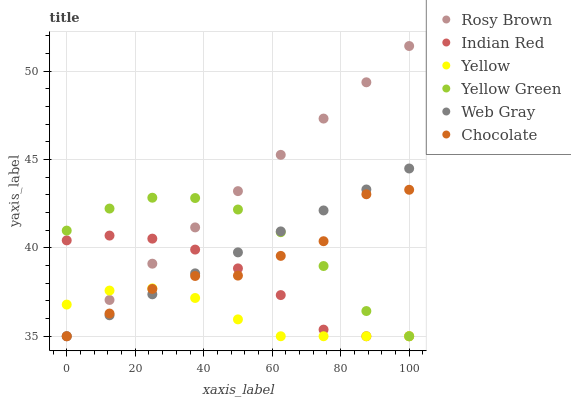
| xaxis_label | Rosy Brown | Indian Red | Yellow | Yellow Green | Web Gray | Chocolate |
 | --- | --- | --- | --- | --- | --- | --- |
 | 0 | 35 | 40.4 | 36.8 | 41 | 35 | 35 |
 | 12.5 | 37.1 | 40.7 | 37.6 | 42.2 | 36.2 | 36.3 |
 | 25 | 39.1 | 40.5 | 37.7 | 42.8 | 37.4 | 37.7 |
 | 37.5 | 41.2 | 39.9 | 37.2 | 42.8 | 38.6 | 38.4 |
 | 50 | 43.2 | 38.8 | 36 | 42.2 | 39.7 | 38.4 |
 | 62.5 | 45.3 | 37.3 | 35 | 40.9 | 40.9 | 39.5 |
 | 75 | 47.3 | 35.4 | 35 | 39 | 42.1 | 40.4 |
 | 87.5 | 49.4 | 35 | 35 | 36.4 | 43.3 | 43 |
 | 100 | 51.4 | 35 | 35 | 35 | 44.5 | 43.3 |